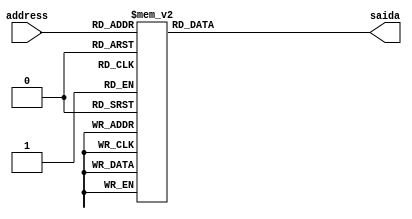
module decSeq10 (
    address,
    saida
);
	input [3:0]address;
	output reg[3:0]saida;
	
    always @(address) begin
        case (address)
            4'b0000: saida = 4'b0001;
            4'b0001: saida = 4'b0100;
            4'b0010: saida = 4'b0010;
            4'b0011: saida = 4'b1000;
            4'b0100: saida = 4'b0001;
            4'b0101: saida = 4'b1000;
            4'b0110: saida = 4'b0100;
            4'b0111: saida = 4'b1000;
            4'b1000: saida = 4'b0010;
            4'b1001: saida = 4'b1000;
            4'b1010: saida = 4'b0001;
            4'b1011: saida = 4'b0010;
            4'b1100: saida = 4'b1000;
            4'b1101: saida = 4'b0001;
            4'b1110: saida = 4'b0100;
            4'b1111: saida = 4'b0010;
            default: saida = 4'b0000; 
        endcase
    end

endmodule